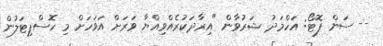
-- ސަން ފޮޓޯ: އަހްމަދު ޝަރުވާން "އިރާދަކުރެއްވިއްޔާ ވަރަށް އަވަހަށް މި ހޮސްޕިޓަލުން